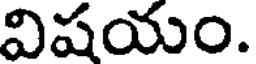
విషయం.